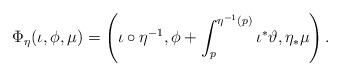
LaTeX: \begin{align*}\Phi_\eta(\iota,\phi,\mu)=\left(\iota\circ\eta^{-1},\phi+\int_p^{\eta^{-1}(p)}\iota^*\vartheta,\eta_*\mu\right).\end{align*}